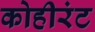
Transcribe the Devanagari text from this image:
कोहीरंट